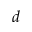
d